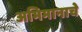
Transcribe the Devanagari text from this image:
अभिमानाचे